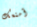
أمنعك